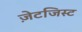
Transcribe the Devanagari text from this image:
ज़ेटजिस्ट